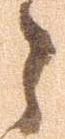
々